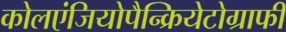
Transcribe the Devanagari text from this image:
कोलएंजियोपैन्क्रियेटोग्राफी